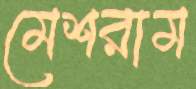
মেশরাম